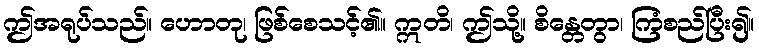
ဤအရုပ်သည်။ ဟောတု၊ ဖြစ်စေသင့်၏။ ဣတိ၊ ဤသို့။ စိန္တေတွာ၊ ကြံစည်ပြီး၍။